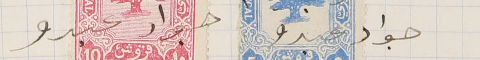
جواد عبدو            جواد عبدو